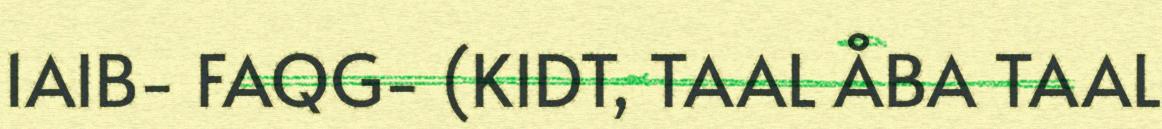
1AIB- FAQG- (KIDT, TAAL ÅBA TAAL